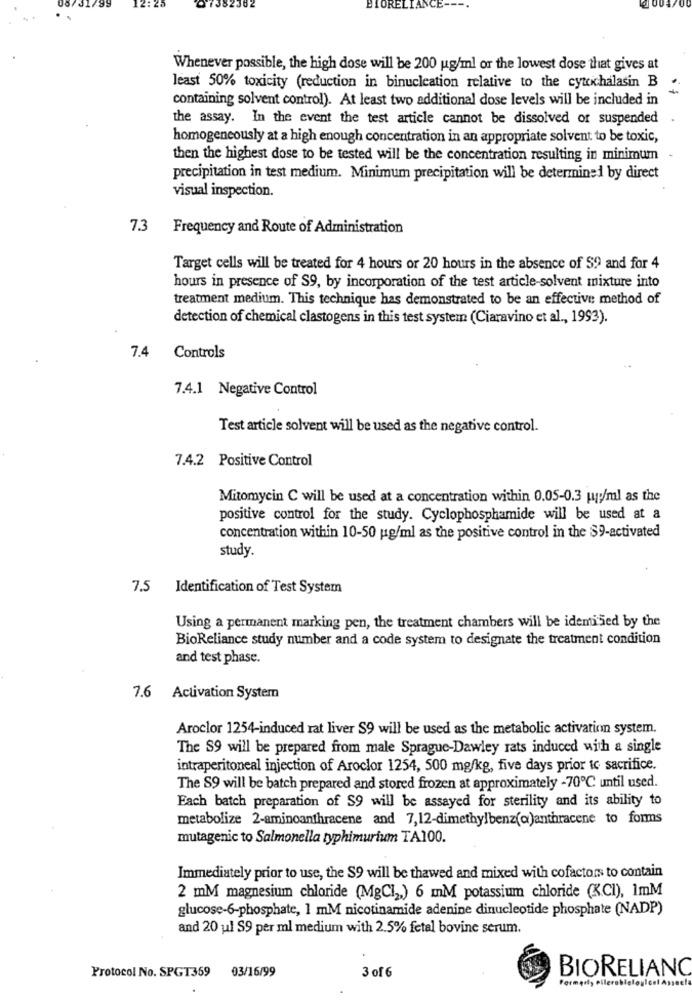
Whenever possible, the high dose will be 200 ug/ml or the lowest dose that gives at
least 50% toxicity (reduction in binucleation relative to the cytichalasin B
containing solvent control). At least two additional dose levels will be included in
the assay. In the event the test article cannot be dissolved of suspended
homogeneously at a high enough concentration in an appropriate solvent to be toxic,
then the highest dose to be tested will be the concentration resulting in minimum
precipitation in test medium. Minimum precipitation will be determined by direct
visual inspection.
7.3
Frequency and Route of Administration
Target cells will be treated for 4 hours or 20 hours in the absence of $? and for 4
hours in presence of $9, by incorporation of the test article-solvent mixture into
treatment medium. This technique has demonstrated to be an effective method of
detection of chemical clastogens in this test system (Ciaravino et al ., 1993).
7.4
Controls
7.4.1 Negative Control
Test article solvent will be used as the negative control.
7.4.2 Positive Control
Mitomycin C will be used at a concentration within 0.05-0.3 w/ml as the
positive control for the study. Cyclophosphamide will be used at a
concentration within 10-50 ug/ml as the positive control in the $9-activated
study.
7.5
Identification of Test System
Using a permanent marking pen, the treatment chambers will be identised by the
BioReliance study number and a code system to designate the treatment condition
and test phase.
7.6 Activation System
Aroclor 1254-induced rat liver S9 will be used as the metabolic activation system.
The S9 will be prepared from male Sprague-Dawley rats induced with a single
intraperitoneal injection of Aroclor 1254, 500 mg/kg, five days prior to sacrifice.
The S9 will be batch prepared and stored frozen at approximately -70℃ until used.
Each batch preparation of $9 will be assayed for sterility and its ability to
metabolize 2-aminoanthracene and 7,12-dimethylbenz(a)anthracene to forms
mutagenic to Salmonella typhimurium TA100.
Immediately prior to use, the S9 will be thawed and mixed with cofactors to contain
2 mM magnesium chloride (MgCl2,) 6 mM potassium chloride (KCI), 1mM
glucose-6-phosphate, 1 mM nicotinamide adenine dinucleotide phosphate (NADP)
and 20 ul S9 per ml medium with 2.5% fetal bovine serum.
Protocol No. SPGT359
3 of 6
BIORELIANC
03/16/99
Formed, Pilerobleleyicol Assect